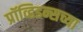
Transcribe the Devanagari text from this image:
प्रॉव्हिडन्सच्या